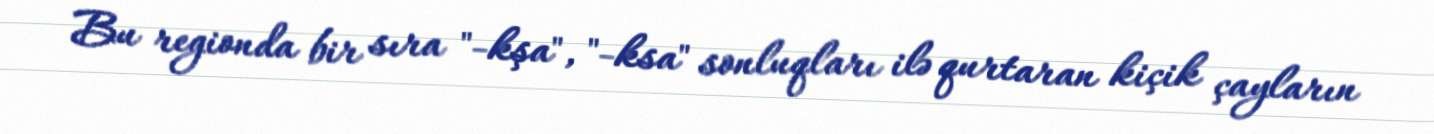
Bu regionda bir sıra "-kşa", "-ksa" sonluqları ilə qurtaran kiçik çayların